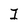
Character: I